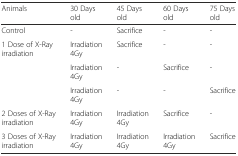
| Animals | 30 Days old | 45 Days old | 60 Days old | 75 Days old |
 | --- | --- | --- | --- | --- |
 | Control | - | Sacrifice | - | - |
 | <ROWSPAN=3> 1 Dose of X-Ray irradiation | Irradiation 4Gy | Sacrifice | - | - |
 | Irradiation 4Gy | - | Sacrifice | - |
 | Irradiation 4Gy | - | - | Sacrifice |
 | 2 Doses of X-Ray irradiation | Irradiation 4Gy | Irradiation 4Gy | Sacrifice | - |
 | 3 Doses of X-Ray irradiation | Irradiation 4Gy | Irradiation 4Gy | Irradiation 4Gy | Sacrifice |